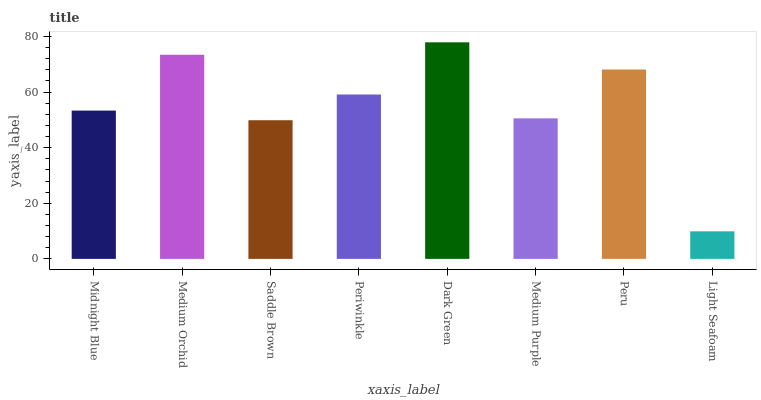
| xaxis_label | bars |
 | --- | --- |
 | Midnight Blue | 53.3 |
 | Medium Orchid | 73.4 |
 | Saddle Brown | 49.9 |
 | Periwinkle | 59.1 |
 | Dark Green | 77.9 |
 | Medium Purple | 50.5 |
 | Peru | 68.1 |
 | Light Seafoam | 9.91 |